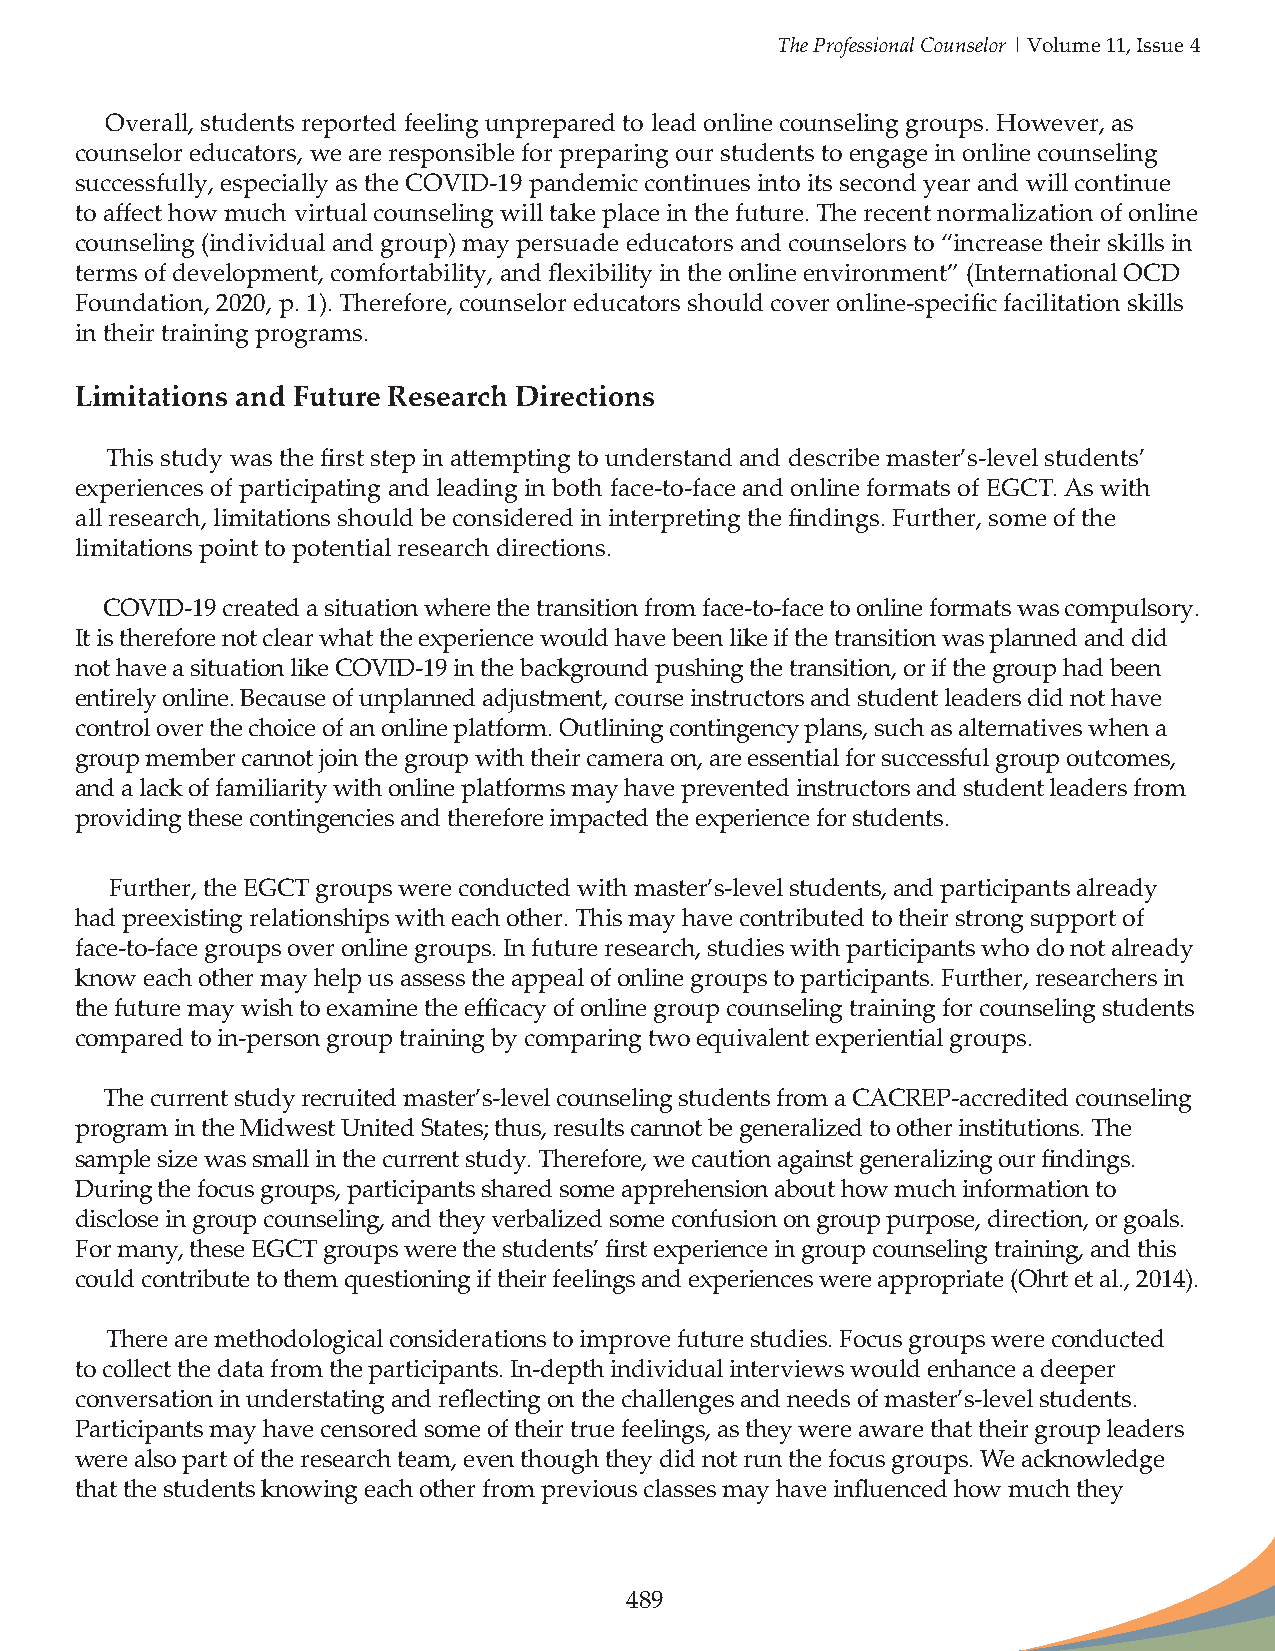
The Professional Counselor | Volume 11, Issue 4
 Overall, students reported feeling unprepared to lead online counseling groups. However, as
 counselor educators, we are responsible for preparing our students to engage in online counseling
 successfully, especially as the COVID-19 pandemic continues into its second year and will continue
 to affect how much virtual counseling will take place in the future. The recent normalization of online
 counseling (individual and group) may persuade educators and counselors to “increase their skills in
 terms of development, comfortability, and flexibility in the online environment” (International OCD
 Foundation, 2020, p. 1). Therefore, counselor educators should cover online-specific facilitation skills
 in their training programs.
 Limitations and Future Research Directions
 This study was the first step in attempting to understand and describe master’s-level students’
 experiences of participating and leading in both face-to-face and online formats of EGCT. As with
 all research, limitations should be considered in interpreting the findings. Further, some of the
 limitations point to potential research directions.
 COVID-19 created a situation where the transition from face-to-face to online formats was compulsory.
 It is therefore not clear what the experience would have been like if the transition was planned and did
 not have a situation like COVID-19 in the background pushing the transition, or if the group had been
 entirely online. Because of unplanned adjustment, course instructors and student leaders did not have
 control over the choice of an online platform. Outlining contingency plans, such as alternatives when a
 group member cannot join the group with their camera on, are essential for successful group outcomes,
 and a lack of familiarity with online platforms may have prevented instructors and student leaders from
 providing these contingencies and therefore impacted the experience for students.
 Further, the EGCT groups were conducted with master’s-level students, and participants already
 had preexisting relationships with each other. This may have contributed to their strong support of
 face-to-face groups over online groups. In future research, studies with participants who do not already
 know each other may help us assess the appeal of online groups to participants. Further, researchers in
 the future may wish to examine the efficacy of online group counseling training for counseling students
 compared to in-person group training by comparing two equivalent experiential groups.
 The current study recruited master’s-level counseling students from a CACREP-accredited counseling
 program in the Midwest United States; thus, results cannot be generalized to other institutions. The
 sample size was small in the current study. Therefore, we caution against generalizing our findings.
 During the focus groups, participants shared some apprehension about how much information to
 disclose in group counseling, and they verbalized some confusion on group purpose, direction, or goals.
 For many, these EGCT groups were the students’ first experience in group counseling training, and this
 could contribute to them questioning if their feelings and experiences were appropriate (Ohrt et al., 2014).
 There are methodological considerations to improve future studies. Focus groups were conducted
 to collect the data from the participants. In-depth individual interviews would enhance a deeper
 conversation in understating and reflecting on the challenges and needs of master’s-level students.
 Participants may have censored some of their true feelings, as they were aware that their group leaders
 were also part of the research team, even though they did not run the focus groups. We acknowledge
 that the students knowing each other from previous classes may have influenced how much they
 489